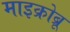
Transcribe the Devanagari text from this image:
माइक्रोब्रू